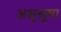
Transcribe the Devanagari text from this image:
अशुश्रूषा